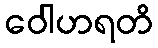
ဝေါဟရတိ